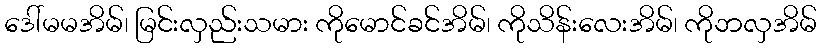
ဒေါ်မမအိမ်၊ မြင်းလှည်းသမား ကိုမောင်ခင်အိမ်၊ ကိုသိန်းလေးအိမ်၊ ကိုဘလှအိမ်